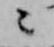
々